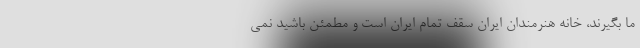
ما بگیرند، خانه هنرمندان ایران سقف تمام ایران است و مطمئن باشید نمی